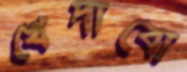
খেদাবো